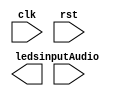
module visualizer(
input clk,
input rst,

input [31:0]inputAudio,
output [15:0]leds);

endmodule